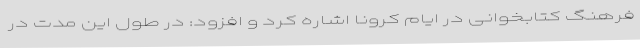
فرهنگ کتابخوانی در ایام کرونا اشاره کرد و افزود: در طول این مدت در